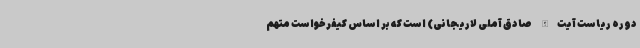
دوره ریاست آیت‌الله صادق آملی لاریجانی) است که بر اساس کیفرخواست متهم